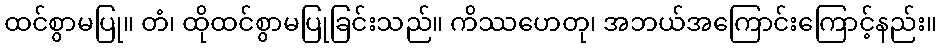
ထင်စွာမပြု။ တံ၊ ထိုထင်စွာမပြုခြင်းသည်။ ကိဿဟေတု၊ အဘယ်အကြောင်းကြောင့်နည်း။